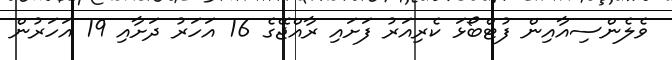
ވެލެންސިއާއިން ފުޓްބޯޅަ ކެރިއަރު ފަށައި ރާއްޖޭގެ 16 އަހަރު ދަށާއި 19 އަހަރުން